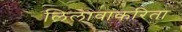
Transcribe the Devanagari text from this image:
लिलावाकरिता